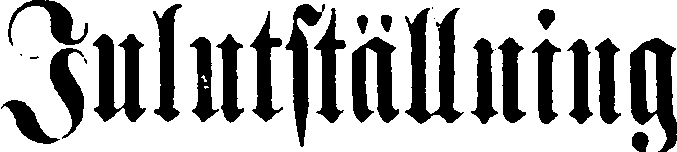
Julutställning